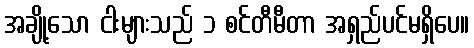
အချို့သော ငါးများသည် ၁ စင်တီမီတာ အရှည်ပင်မရှိပေ။